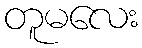
တူမလေး